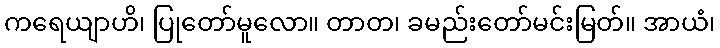
ကရေယျာဟိ၊ ပြုတော်မူလော။ တာတ၊ ခမည်းတော်မင်းမြတ်။ အာယံ၊